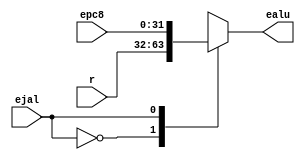
`timescale 1ns / 1ps
//////////////////////////////////////////////////////////////////////////////////
// Company: 
// Engineer: 
// 
// Design Name: 
// Module Name: EXE_ALUoutMux
// Project Name: 
// Target Devices: 
// Tool Versions: 
// Description: 
// 
// Dependencies: 
// 
// Revision:
// Revision 0.01 - File Created
// Additional Comments:
// 
//////////////////////////////////////////////////////////////////////////////////


module EXE_ALUoutMux(
    input [31:0] epc8,
    input [31:0] r,
    input ejal,
    output reg [31:0] ealu
    );
    
    always @ (*)
        begin
            case(ejal)
                1'b0: ealu = r;
                1'b1: ealu = epc8;
            endcase  
        end
endmodule